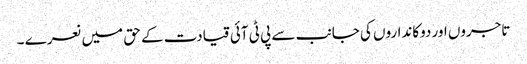
تاجروں اور دوکانداروں کی جانب سے پی ٹی آئی قیادت کے حق میں نعرے ۔